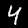
Digit: 4